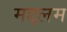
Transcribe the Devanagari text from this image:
मद्दलम